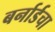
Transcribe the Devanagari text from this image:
बर्नार्डचा